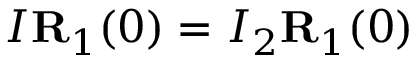
I { \bf R } _ { 1 } ( 0 ) = I _ { 2 } { \bf R } _ { 1 } ( 0 )